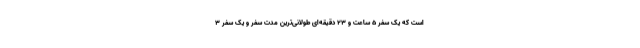
است که یک سفر ۵ ساعت و ۲۳ دقیقه‌ای طولانی‌ترین مدت سفر و یک سفر ۳